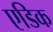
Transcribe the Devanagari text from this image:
एडिक